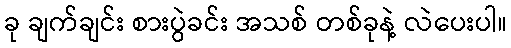
ခု ချက်ချင်း စားပွဲခင်း အသစ် တစ်ခုနဲ့ လဲပေးပါ။